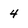
Character: 4